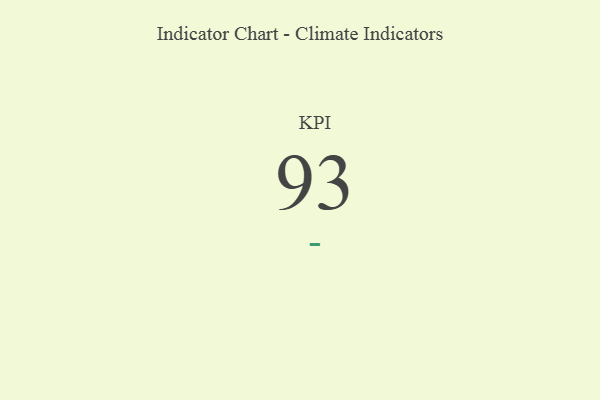
{"axis": {"x": "KPI", "y": "Value"}, "legend": [""], "data": [{"x": "KPI", "y": 93, "type": ""}]}